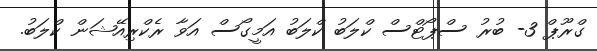
ގްރޫޕް 3- ބުރު ސްޕޯޓްސް ކްލަބު ކްލަބު އަމީގޯސް އަވާ ރެކްރިއޭޝަން ކްލަބު.